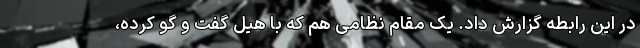
در این رابطه گزارش داد. یک مقام نظامی هم که با هیل گفت و گو کرده،